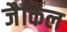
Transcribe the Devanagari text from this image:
जैकिल